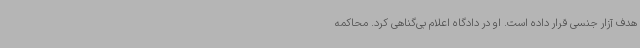
هدف آزار جنسی قرار داده است. او در دادگاه اعلام بی‌گناهی کرد. محاکمه